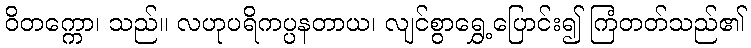
ဝိတက္ကော၊ သည်။ လဟုပရိကပ္ပနတာယ၊ လျင်စွာရွှေ့ပြောင်း၍ ကြံတတ်သည်၏